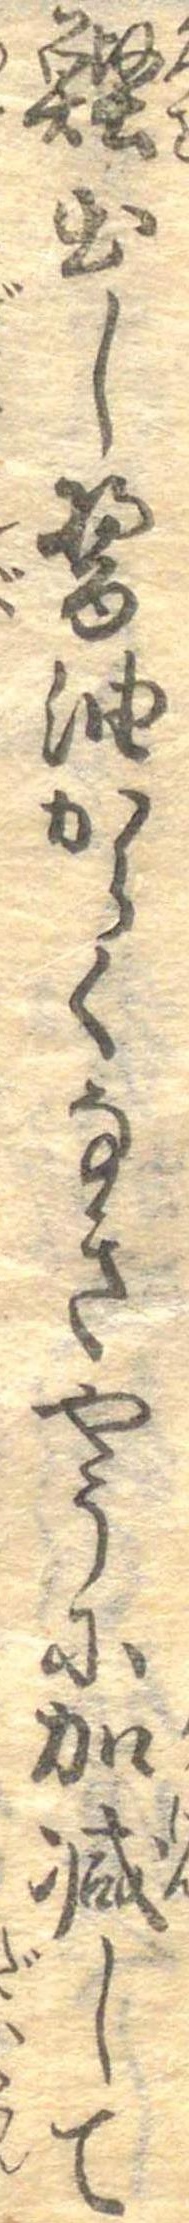
鰹出し醤油からくなきやうに加減して